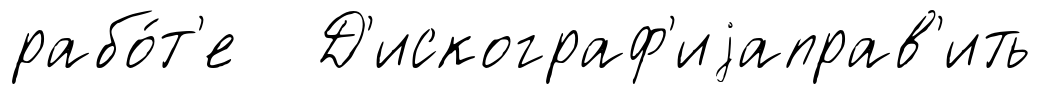
рабо́т'е Д'искограф'иjаправ'ить